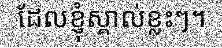
ដែលខ្ញុំស្គាល់ខ្លះៗ។